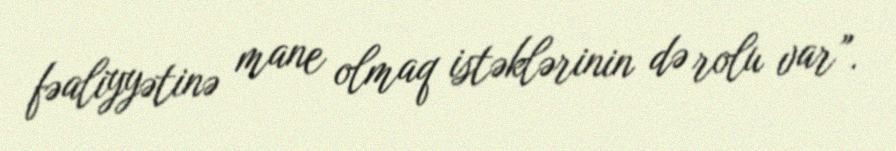
fəaliyyətinə mane olmaq istəklərinin də rolu var”.